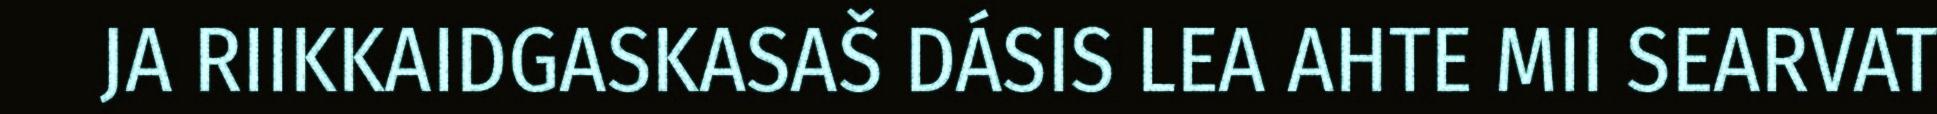
JA RIIKKAIDGASKASAŠ DÁSIS LEA AHTE MII SEARVAT